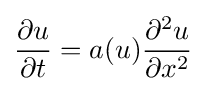
{\frac {\partial u}{\partial t}}=a(u){\frac {\partial ^{2}u}{\partial x^{2}}}